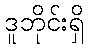
ဒူဘိုင်းရှိ